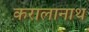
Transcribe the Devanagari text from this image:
करालानाथ